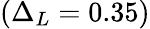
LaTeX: (\Delta_{L}=0.35)